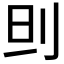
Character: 𠛣